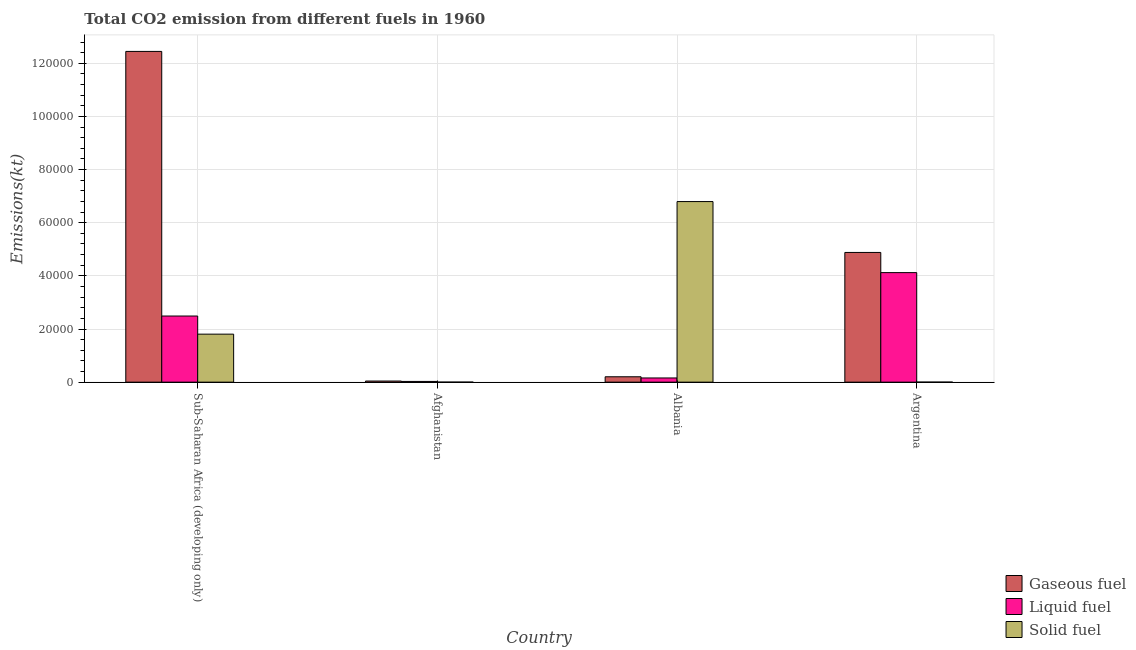
| Country | Gaseous fuel | Liquid fuel | Solid fuel |
 | --- | --- | --- | --- |
 | Sub-Saharan Africa (developing only) | 1.24e+05 | 2.49e+04 | 1.81e+04 |
 | Afghanistan | 414 | 271 | 3.67 |
 | Albania | 2.02e+03 | 1.58e+03 | 6.8e+04 |
 | Argentina | 4.88e+04 | 4.12e+04 | 7.33 |